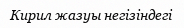
Кирил жазуы негізіндегі